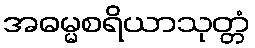
အဓမ္မစရိယာသုတ္တံ